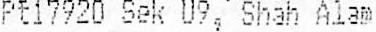
PT17920 SEK U9, SHAH ALAM